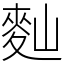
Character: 䴮